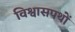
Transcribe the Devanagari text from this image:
विश्वासपथों